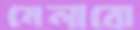
মেলাবো